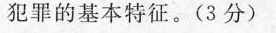
犯罪的基本特征。（3分）